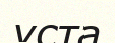
ұста